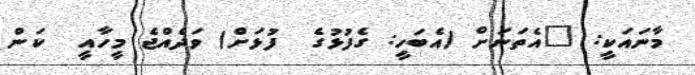
މާނައަކީ: "އެތަނަށް (އެބަހީ: ގެފުޅުގެ  ފުޅަށް) ވަދެއްޖެ މީހާއީ  ކަން